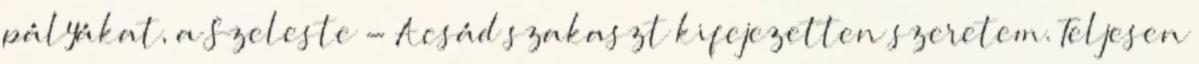
pályákat, a Szeleste - Acsád szakaszt kifejezetten szeretem. Teljesen